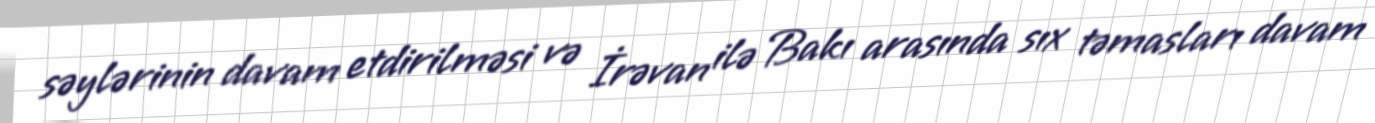
səylərinin davam etdirilməsi və İrəvan ilə Bakı arasında sıx təmasları davam